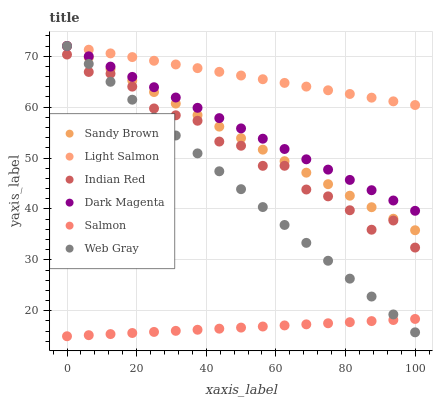
| xaxis_label | Sandy Brown | Light Salmon | Indian Red | Dark Magenta | Salmon | Web Gray |
 | --- | --- | --- | --- | --- | --- | --- |
 | 0 | 72 | 72 | 70.3 | 72 | 15 | 72 |
 | 6.25 | 69.7 | 71.3 | 66.9 | 70 | 15.2 | 68.5 |
 | 12.5 | 67.5 | 70.6 | 66.6 | 68 | 15.4 | 65 |
 | 18.8 | 65.2 | 69.8 | 64 | 65.9 | 15.6 | 61.5 |
 | 25 | 63 | 69.1 | 59.7 | 63.9 | 15.9 | 57.9 |
 | 31.2 | 60.7 | 68.4 | 58.4 | 61.9 | 16.1 | 54.4 |
 | 37.5 | 58.4 | 67.7 | 57.3 | 59.9 | 16.3 | 50.9 |
 | 43.8 | 56.2 | 66.9 | 53.2 | 57.8 | 16.5 | 47.4 |
 | 50 | 53.9 | 66.2 | 52.4 | 55.8 | 16.7 | 43.9 |
 | 56.2 | 51.6 | 65.5 | 48.5 | 53.8 | 16.9 | 40.4 |
 | 62.5 | 49.4 | 64.8 | 48.5 | 51.8 | 17.1 | 36.9 |
 | 68.8 | 47.1 | 64 | 43.8 | 49.8 | 17.3 | 33.3 |
 | 75 | 44.9 | 63.3 | 42.5 | 47.7 | 17.6 | 29.8 |
 | 81.2 | 42.6 | 62.6 | 39.7 | 45.7 | 17.8 | 26.3 |
 | 87.5 | 40.3 | 61.9 | 35.9 | 43.7 | 18 | 22.8 |
 | 93.8 | 38.1 | 61.1 | 37.7 | 41.7 | 18.2 | 19.3 |
 | 100 | 35.8 | 60.4 | 32.4 | 39.6 | 18.4 | 15.8 |